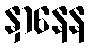
နှာနေန